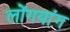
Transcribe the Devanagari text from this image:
लोंगयांग